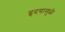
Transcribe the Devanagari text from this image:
हृदयामुळे